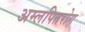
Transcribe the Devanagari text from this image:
अम्लपितरोग